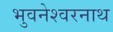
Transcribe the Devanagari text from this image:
भुवनेश्‍वरनाथ